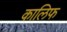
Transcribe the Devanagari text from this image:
कालिफ